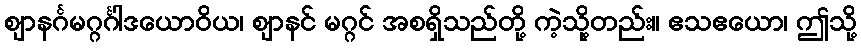
ဈာနင်္ဂမဂ္ဂင်္ဂါဒယောဝိယ၊ ဈာနင် မဂ္ဂင် အစရှိသည်တို့ ကဲ့သို့တည်း။ ဧသဧယော၊ ဤသို့